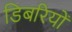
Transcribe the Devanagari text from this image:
डिबरियों